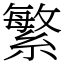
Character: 繁